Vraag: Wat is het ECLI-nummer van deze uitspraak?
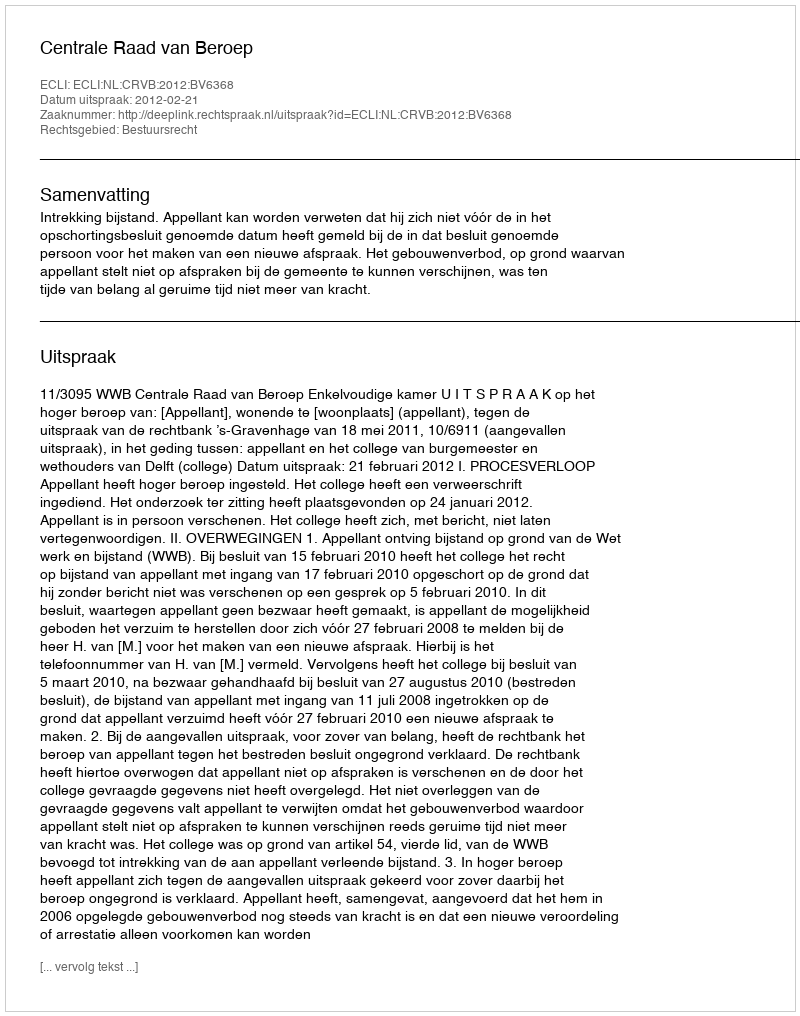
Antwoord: ECLI:NL:CRVB:2012:BV6368